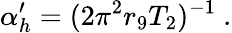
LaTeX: \alpha_{h}^{\prime}=(2\pi^{2}r_{9}T_{2})^{-1}\ .